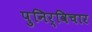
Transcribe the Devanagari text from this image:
पुनिर्विचार